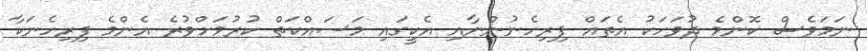
ނަމަވެސް ކޮންމެ ދުވަހަކު އެތައް ފިރިހެނުންނާއި އެކީގައި މަސައްކަތް ކުރުމަށްވުރެ އެންމެ ފިރިހެނަކާ